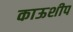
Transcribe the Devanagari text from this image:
काऊशीप